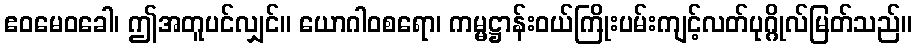
ဧဝမေဝခေါ၊ ဤအတူပင်လျှင်။ ယောဂါဝစရော၊ ကမ္မဋ္ဌာန်းဝယ်ကြိုးပမ်းကျင့်လတ်ပုဂ္ဂိုလ်မြတ်သည်။